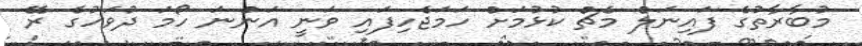
މުބާރާތުގެ ފައިނަލް މެޗް ކުޅުމަށް ހަމަޖެހިފައި ވަނީ އަންނަ ހޯމަ ދުވަހުގެ ރޭ